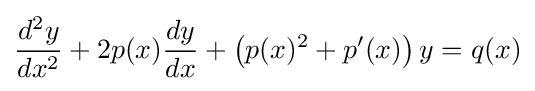
{\frac {d^{2}y}{dx^{2}}}+2p(x){\frac {dy}{dx}}+\left(p(x)^{2}+p'(x)\right)y=q(x)